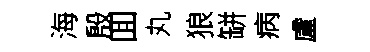
海殷囬丸狼缾病盧